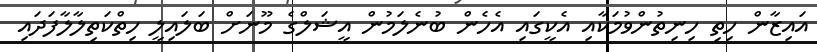
އައިޒާން ހިތި ހިނިތުންވުމަކާއި އެކީގައި އެހެން ބުނެލަމުން އީޝަލްގެ މޫނަށް ބަލައިލީ ހިތްކަތިލާލާފަދައި